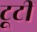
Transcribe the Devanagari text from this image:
टूटीं